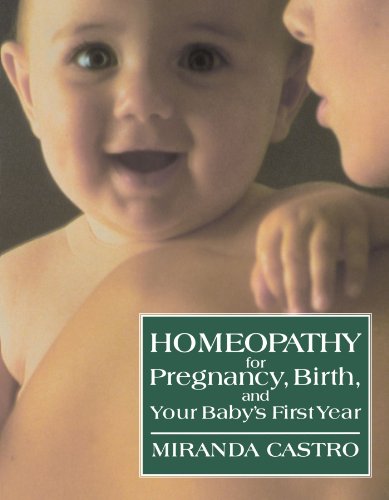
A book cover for Homeopathy for Pregnancy, Birth, and Your Baby's First Year; Miranda Castro; Health, Fitness & Dieting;